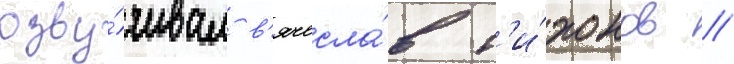
озву́чивал в'ячесла́в т'и́хонов //